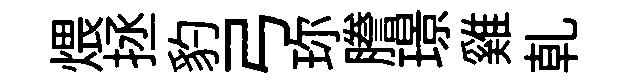
煨拯豹弓珎謄璟雞乹